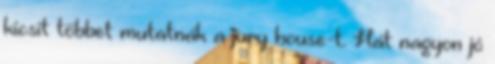
kicsit többet mutatnák a jury house-t. Hát nagyon jó